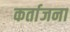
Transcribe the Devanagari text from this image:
कर्ताजना